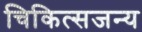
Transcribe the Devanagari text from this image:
चिकित्सजन्य